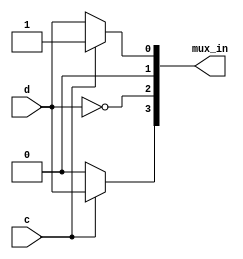
//
//
// https://hdlbits.01xz.net/wiki/Exams/ece241_2014_q3
//
//

`default_nettype none

module top_module (
    input           c,
    input           d,
    output  [3:0]   mux_in
);

    assign mux_in[0] = c ? 1'b1 : d;
    assign mux_in[1] = 1'b0;
    assign mux_in[2] = ~d;
    assign mux_in[3] = c ? d : 1'b0;

endmodule